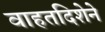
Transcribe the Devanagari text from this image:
वाहतदिशेने